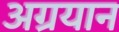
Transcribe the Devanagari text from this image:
अग्रयान